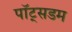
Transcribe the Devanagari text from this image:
पॉट्सडम